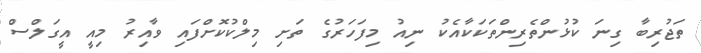
ތަޖުރިބާ ގިނަ ކުޅުންތެރިންތަކަކާއެކު ނިއު މިފަހަރުގެ ތަށި މިލްކުކޮށްފައި ވާއިރު މިއީ އީގަލްސް